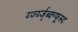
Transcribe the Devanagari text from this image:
र्य्ज्य्ज्ब्क्ग्फ्र्स्र्द